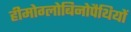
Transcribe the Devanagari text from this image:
हीमोग्लोबिनोपैथियों